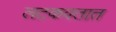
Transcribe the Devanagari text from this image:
लटकवतात